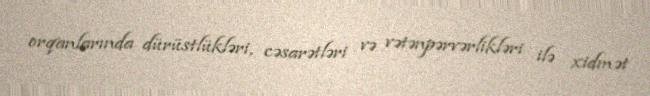
orqanlarında dürüstlükləri, cəsarətləri və vətənpərvərlikləri ilə xidmət